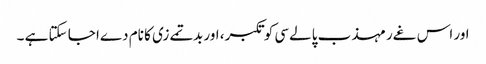
اور اس غےر مہذب پالےسی کو تکبر، اور بدتمےزی کا نام دےا جا سکتا ہے ۔